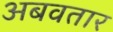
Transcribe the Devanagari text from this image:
अबवतार